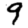
Digit: 9